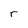
Character: r